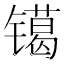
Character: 𰾿